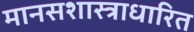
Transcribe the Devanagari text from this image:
मानसशास्त्राधारित